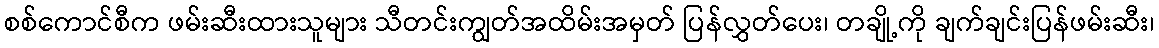
စစ်ကောင်စီက ဖမ်းဆီးထားသူများ သီတင်းကျွတ်အထိမ်းအမှတ် ပြန်လွှတ်ပေး၊ တချို့ကို ချက်ချင်းပြန်ဖမ်းဆီး၊